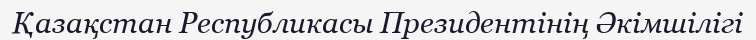
Қазақстан Республикасы Президентінің Әкімшілігі